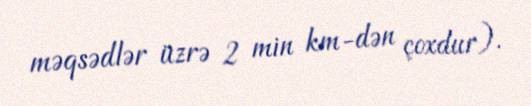
məqsədlər üzrə 2 min km-dən çoxdur).